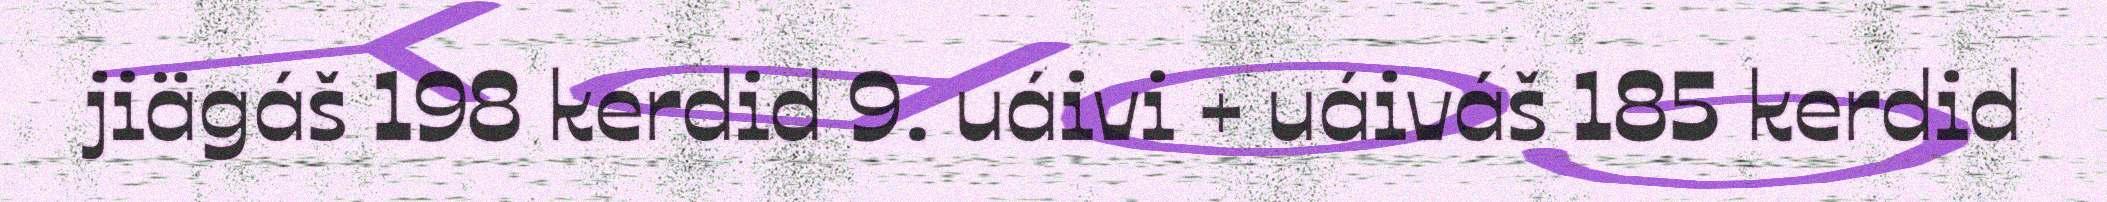
jiägáš 198 kerdid 9. uáivi + uáiváš 185 kerdid